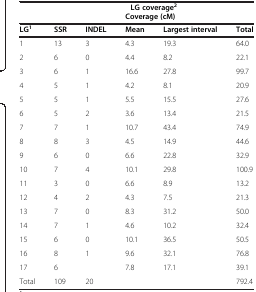
<table><thead><tr><td colspan="6"><b>LG coverage<sup>2</sup></b></td></tr><tr><td colspan="6"><b>Coverage (cM)</b></td></tr><tr><td><b>LG<sup>1</sup></b></td><td><b>SSR</b></td><td><b>INDEL</b></td><td><b>Mean</b></td><td><b>Largest interval</b></td><td><b>Total</b></td></tr></thead><tbody><tr><td>1</td><td>13</td><td>3</td><td>4.3</td><td>19.3</td><td>64.0</td></tr><tr><td>2</td><td>6</td><td>0</td><td>4.4</td><td>8.2</td><td>22.1</td></tr><tr><td>3</td><td>6</td><td>1</td><td>16.6</td><td>27.8</td><td>99.7</td></tr><tr><td>4</td><td>5</td><td>1</td><td>4.2</td><td>8.1</td><td>20.9</td></tr><tr><td>5</td><td>5</td><td>1</td><td>5.5</td><td>15.5</td><td>27.6</td></tr><tr><td>6</td><td>5</td><td>2</td><td>3.6</td><td>13.4</td><td>21.5</td></tr><tr><td>7</td><td>7</td><td>1</td><td>10.7</td><td>43.4</td><td>74.9</td></tr><tr><td>8</td><td>8</td><td>3</td><td>4.5</td><td>14.9</td><td>44.6</td></tr><tr><td>9</td><td>6</td><td>0</td><td>6.6</td><td>22.8</td><td>32.9</td></tr><tr><td>10</td><td>7</td><td>4</td><td>10.1</td><td>29.8</td><td>100.9</td></tr><tr><td>11</td><td>3</td><td>0</td><td>6.6</td><td>8.9</td><td>13.2</td></tr><tr><td>12</td><td>4</td><td>2</td><td>4.3</td><td>7.5</td><td>21.3</td></tr><tr><td>13</td><td>7</td><td>0</td><td>8.3</td><td>31.2</td><td>50.0</td></tr><tr><td>14</td><td>7</td><td>1</td><td>4.6</td><td>10.2</td><td>32.4</td></tr><tr><td>15</td><td>6</td><td>0</td><td>10.1</td><td>36.5</td><td>50.5</td></tr><tr><td>16</td><td>8</td><td>1</td><td>9.6</td><td>32.1</td><td>76.8</td></tr><tr><td>17</td><td>6</td><td> </td><td>7.8</td><td>17.1</td><td>39.1</td></tr><tr><td>Total</td><td>109</td><td>20</td><td> </td><td> </td><td>792.4</td></tr></tbody></table>